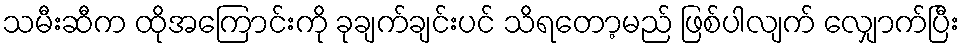
သမီးဆီက ထိုအကြောင်းကို ခုချက်ချင်းပင် သိရတော့မည် ဖြစ်ပါလျက် လျှောက်ပြီး